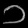
Digit: ၁